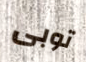
توبى